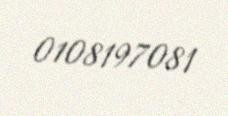
0108197081